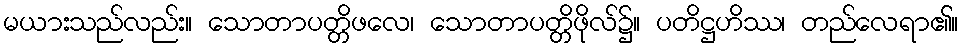
မယားသည်လည်း။ သောတာပတ္တိဖလေ၊ သောတာပတ္တိဖိုလ်၌။ ပတိဋ္ဌဟိဿ၊ တည်လေရာ၏။